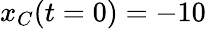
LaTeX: x_{C}(t=0)=-10